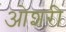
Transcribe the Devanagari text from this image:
ओशरी